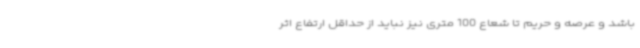
باشد و عرصه و حریم تا شعاع 100 متری نیز نباید از حداقل ارتفاع اثر